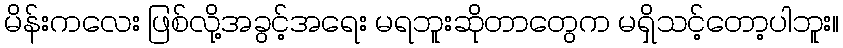
မိန်းကလေး ဖြစ်လို့အခွင့်အရေး မရဘူးဆိုတာတွေက မရှိသင့်တော့ပါဘူး။